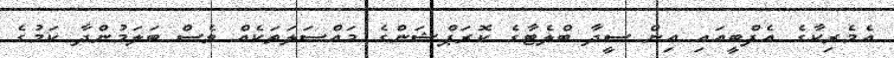
އެމެރިކާގެ އެފްބީއައި އިން ސީދާ ބްލެޓާގެ ކޮރަޕްޝަންގެ މައްސަލަތަކެއް ވެސް ބަލަމުންދާ ކަމުގެ